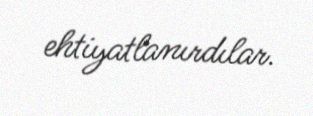
ehtiyatlanırdılar.